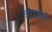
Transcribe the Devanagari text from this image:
तराइमे